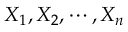
X _ { 1 } , X _ { 2 } , \cdots , X _ { n }